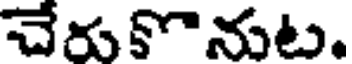
చేరుకొనుట.